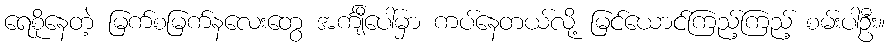
ရေစိုနေတဲ့ မြက်စမြက်နလေးတွေ အင်္ကျီပေါ်မှာ ကပ်နေတယ်လို့ မြင်ယောင်ကြည့်ကြည့် စမ်းပါဦး။